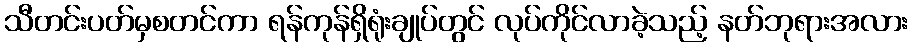
သီတင်းပတ်မှစတင်ကာ ရန်ကုန်ရှိရုံးချုပ်တွင် လုပ်ကိုင်လာခဲ့သည့် နတ်ဘုရားအလား